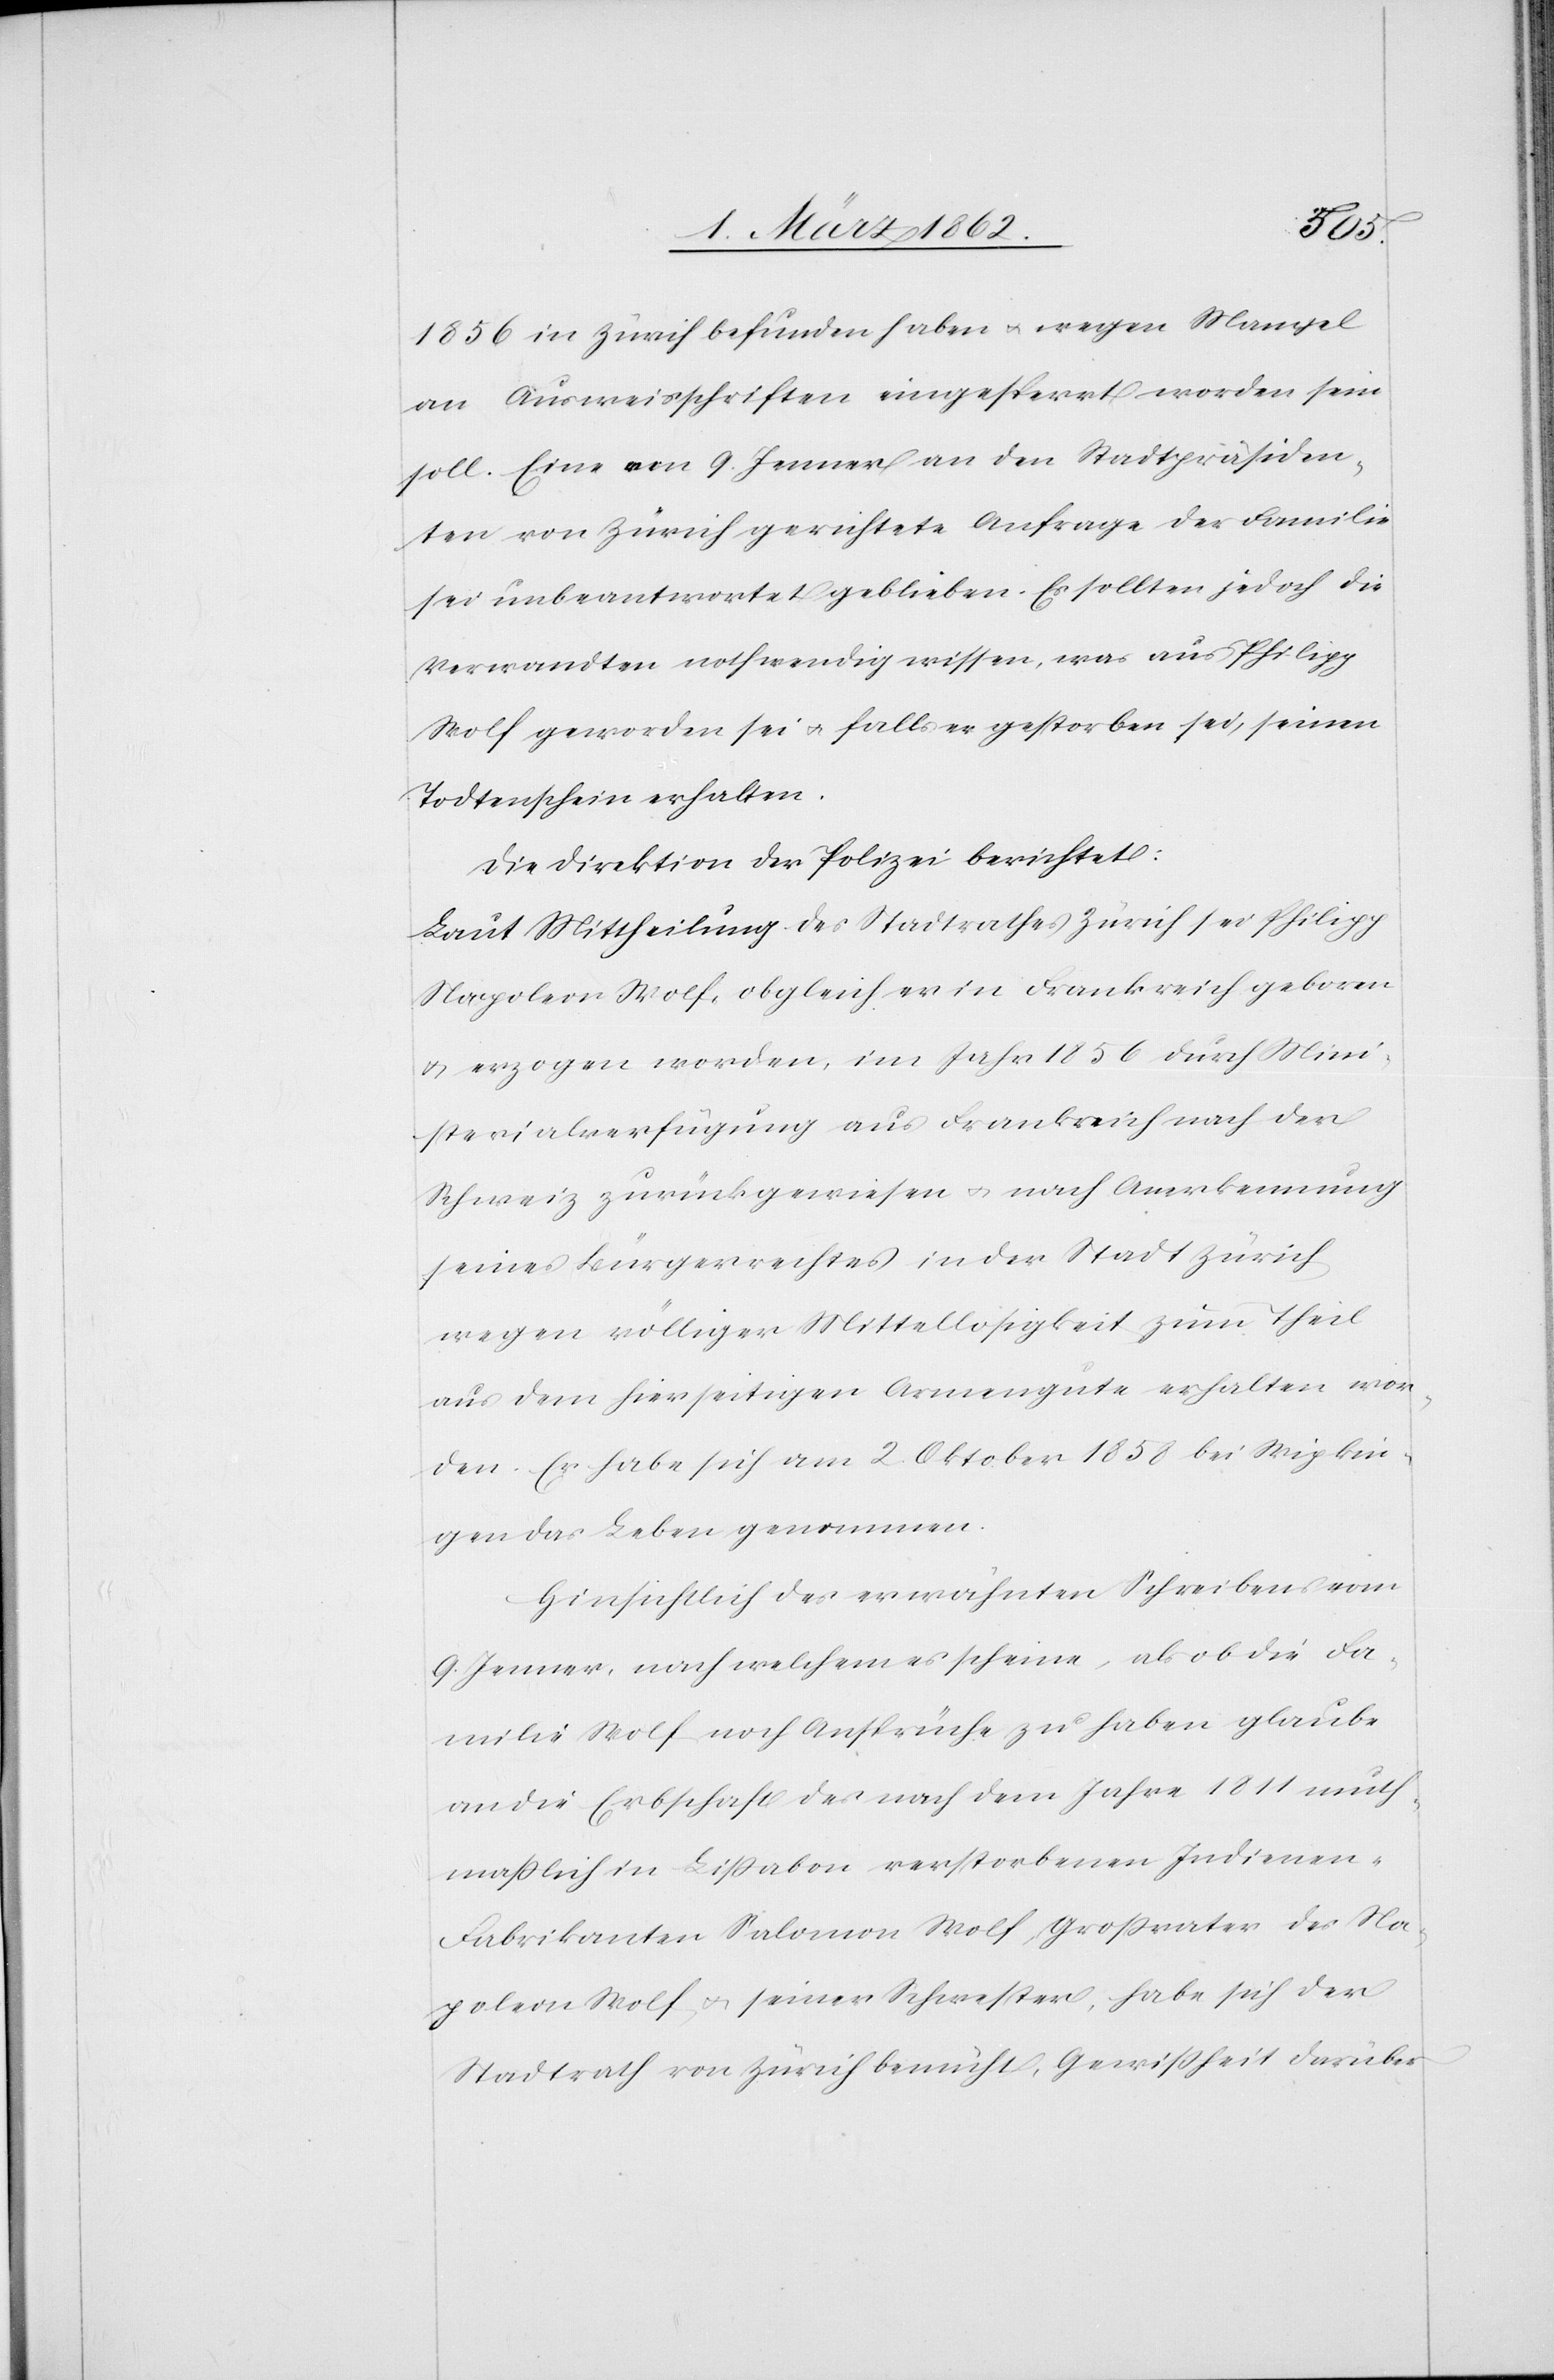
1856 in Zürich befunden haben u. wegen Mangel
an Ausweisschriften eingesperrt worden sein
soll. Eine am 9. Jenner an den Stadtpräsiden¬
ten von Zürich gerichtete Anfrage der Familie
sei unbeantwortet geblieben. Es sollten jedoch die
Verwandten nothwendig wissen, was aus Philipp
Wolf geworden sei u. falls er gestorben sei, seinen
Todtenschein erhalten.
Die Direktion der Polizei berichtet:
Laut Mittheilung des Stadtrathes Zürich sei Philipp
Napoleon Wolf, obgleich er in Frankreich geboren
u. erzogen worden, im Jahr 1856 durch Mini¬
sterialverfügung aus Frankreich nach der
Schweiz zurückgewiesen u. nach Anerkennung
seines Bürgerrechtes in der Stadt Zürich
wegen völliger Mittellosigkeit zum Theil
aus dem hierseitigen Armengute erhalten wor¬
den. Er habe sich am 2. Oktober 1858 bei Wipkin¬
gen das Leben genommen.
Hinsichtlich des erwähnten Schreibens vom
9. Jenner, nach welchem es scheine, als ob die Fa¬
milie Wolf noch Ansprüche zu haben glaube
an die Erbschaft des nach dem Jahre 1811 muth¬
maßlich in Lißabon verstorbenen Indienen-F¬
abrikanten Salomon Wolf, Großvaters des Na¬
poleon Wolf u. seiner Schwester, habe sich der
Stadtrath von Zürich bemüht, Gewißheit darüber